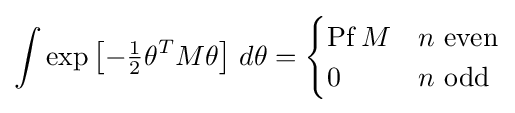
\int \exp \left[-{\tfrac {1}{2}}\theta ^{T}M\theta \right]\,d\theta ={\begin{cases}\mathrm {Pf} \,M&n{\mbox{ even}}\\0&n{\mbox{ odd}}\end{cases}}